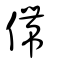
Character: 僀